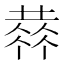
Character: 𠍳